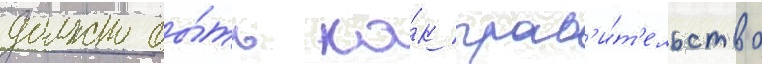
должно бы́ть ка́к прав'и́т'ельство